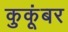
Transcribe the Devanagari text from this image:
कुकूंबर